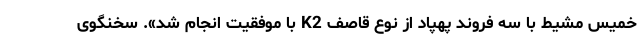
خمیس مشیط با سه فروند پهپاد از نوع قاصف K2 با موفقیت انجام شد». سخنگوی